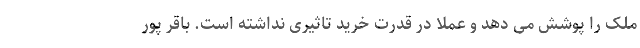
ملک را پوشش می دهد و عملاً در قدرت خرید تاثیری نداشته است. باقر پور